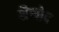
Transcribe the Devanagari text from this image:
शैलोद